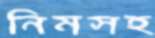
নিমসহ